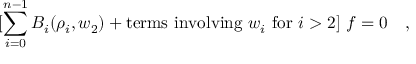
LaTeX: [ \sum _ { i = 0 } ^ { n - 1 } { \cal B } _ { i } ( \rho _ { i } , w _ { 2 } ) + \mathrm { t e r m s \ i n v o l v i n g \ } w _ { i } \mathrm { \ f o r \ } i > 2 ] \ f = 0 \quad ,